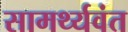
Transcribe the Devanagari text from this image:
सामर्थ्यवंत